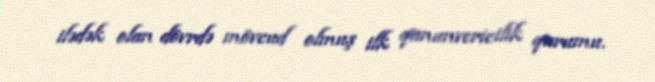
ilədək olan dövrdə mövcud olmuş ilk qanunvericilik qurumu.